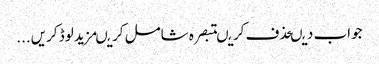
جواب دیںحذف کریںتبصرہ شامل کریںمزید لوڈ کریں...